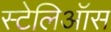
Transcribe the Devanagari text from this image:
स्टेलिऑस